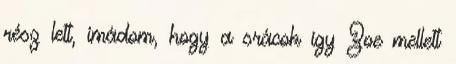
rész lett, imádom, hogy a srácok így Zoe mellett